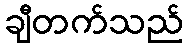
ချီတက်သည်